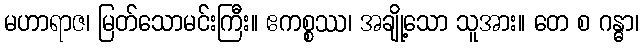
မဟာရာဇ၊ မြတ်သောမင်းကြီး။ ဧကစ္စဿ၊ အချို့သော သူအား။ တေ စ ဂန္ဓာ၊